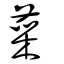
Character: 菜